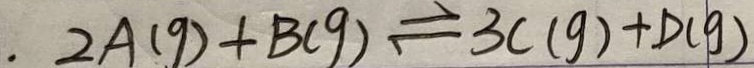
2 A ( g ) + B ( g ) \rightleftharpoons 3 C ( g ) + D ( g )